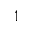
^ 1